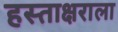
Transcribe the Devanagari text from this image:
हस्ताक्षराला